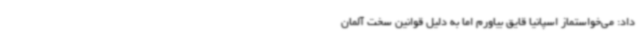
داد: می‌خواستماز اسپانیا قایق بیاورم اما به دلیل قوانین سخت آلمان